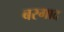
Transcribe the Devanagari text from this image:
बरगाद